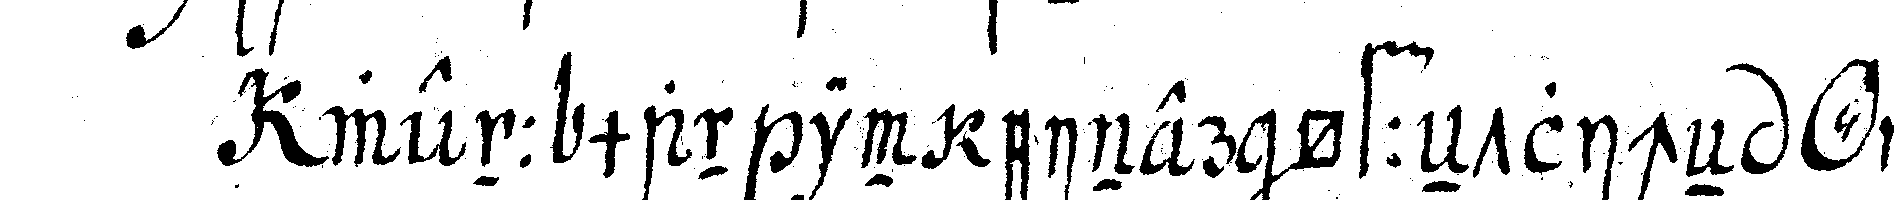
wenn man in einer öffeNtlicheN *o* ei